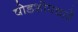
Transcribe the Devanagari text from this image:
षोडशोपचारें